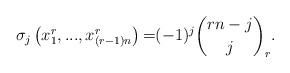
LaTeX: \begin{align*}{\small \sigma }_{j}\left( x_{1}^{r},...,x_{(r-1)n}^{r}\right) {\small =}(-1)^{j}\binom{rn-j}{j}_{r}{\small .} \end{align*}